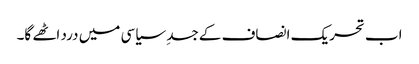
اب تحریک انصاف کے جسدِ سیاسی میں درد اٹھے گا۔